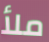
ملأ